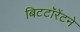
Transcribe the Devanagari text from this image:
बिटटॉरेंटने